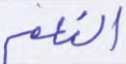
النعم